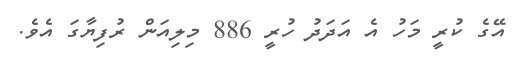
އޭގެ ކުރީ މަހު އެ އަދަދު ހުރީ 886 މިލިއަން ރުފިޔާގަ އެވެ.